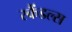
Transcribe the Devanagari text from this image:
स्‍कैंडल्‍स